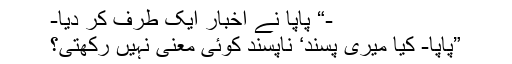
-“ پاپا نے اخبار ایک طرف کر دیا-
”پاپا- کیا میری پسند‘ ناپسند کوئی معنی نہیں رکھتی؟